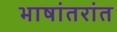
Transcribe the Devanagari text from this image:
भाषांतरांत